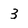
Character: 3